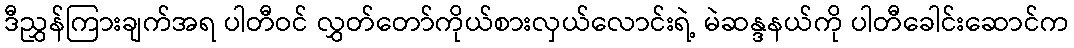
ဒီညွှန်ကြားချက်အရ ပါတီဝင် လွှတ်တော်ကိုယ်စားလှယ်လောင်းရဲ့ မဲဆန္ဒနယ်ကို ပါတီခေါင်းဆောင်က